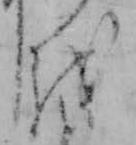
を